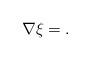
LaTeX: \begin{align*}\nabla \xi =.\end{align*}